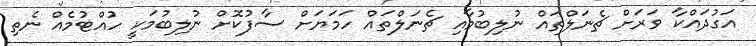
އަގުދައްކާ ވަރަށް ޗެނަލްތައް ނުލިބުމާއި ޗެނަލްތައް ހަމަޔަށް ސާފުކޮށް ނުލިބުމަކީ ހުއްޓުމެއް ނެތި